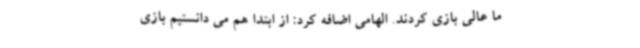
ما عالی بازی کردند. الهامی اضافه کرد: از ابتدا هم می دانستیم بازی